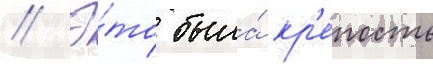
// Э́то была́ кр'е́пость